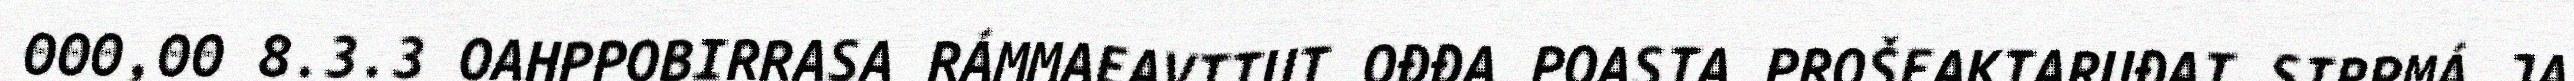
000,00 8.3.3 OAHPPOBIRRASA RÁMMAEAVTTUT OĐĐA POASTA PROŠEAKTARUĐAT SIRPMÁ JA